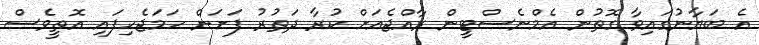
އެ ބަޔާނުގައިވާ ގޮތުން އެމްނެސްޓީން ރާއްޖެއަށް ކުރާ ދަތުރު ފަށަން ހަމަޖެހިފައި އޮތީވެސް